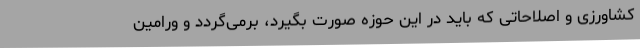
کشاورزی و اصلاحاتی که باید در این حوزه صورت بگیرد، برمی‌گردد و ورامین